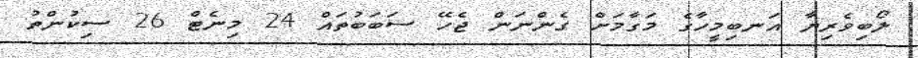
ލޯބިވެރިޔާ އަނބިމީހާގެ މަގާމަށް ގެންނަން ޖެހޭ ސަބަބުތައް 24 މިނެޓް 26 ސިކުންތު